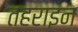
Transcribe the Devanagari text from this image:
तहराइन